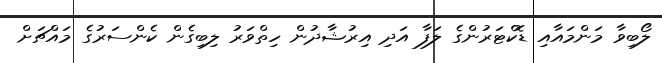
ލޯބިވާ މަންމައާއި ޑޮކްޓަރުންގެ ލަފާ އަދި އިރުޝާދުން ހިތްވަރު ލިބިގެން ކެންސަރުގެ މައްޗަށް